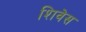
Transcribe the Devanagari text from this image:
शिवेस